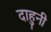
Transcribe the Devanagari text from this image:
दाहुनी